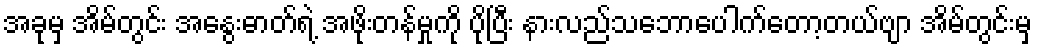
အခုမှ အိမ်တွင်း အနွေးဓာတ်ရဲ့ အဖိုးတန်မှုကို ပိုပြီး နားလည်သဘောပေါက်တော့တယ်ဗျာ အိမ်တွင်းမှ